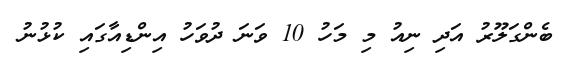
ބެންގަލޫރު އަދި ނިއު މި މަހު 10 ވަނަ ދުވަހު އިންޑިއާގައި ކުޅުނު